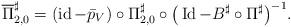
LaTeX: \begin{align*}\overline{\Pi}_{2,0}^{\sharp}=(\operatorname*{id}-\bar{p}_{V})\circ\Pi_{2,0}^{\sharp}\circ\big(\operatorname{Id}-B^{\sharp}\circ\Pi^{\sharp}\big)^{-1}.\end{align*}